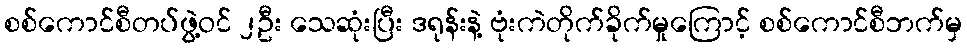
စစ်ကောင်စီတပ်ဖွဲ့ဝင် ၂ဦး သေဆုံးပြီး ဒရုန်းနဲ့ ဗုံးကဲတိုက်ခိုက်မှုကြောင့် စစ်ကောင်စီဘက်မှ